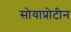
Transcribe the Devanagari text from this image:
सोयाप्रोटीन